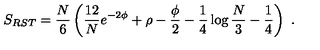
S _ { R S T } = { \frac { N } { 6 } } \left( { \frac { 1 2 } { N } } e ^ { - 2 \phi } + \rho - { \frac { \phi } { 2 } } - { \frac { 1 } { 4 } } \log { \frac { N } { 3 } } - { \frac { 1 } { 4 } } \right) \ .